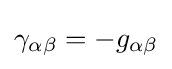
\gamma _{\alpha \beta }=-g_{\alpha \beta }